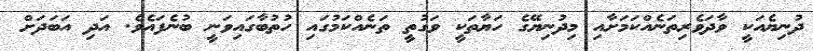
ދުނިޔެއަކީ ވާދަވެރިތަނެއްކަމަށާއި މިދުނިޔޭގެ ހަޔާތަކީ ވަގުތީ ތަނެއްކަމުގައި ހުތުބާގައިވަނީ ބުނެފައެވެ. އަދި އަބަދަށް